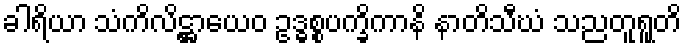
ခါရိယာ သံကိလိဋ္ဌာယေဝ ဥဒ္ဓစ္စပက္ခိကာနိ နာတိသီဃံ သညတူရူတိ